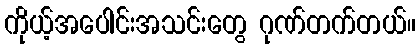
ကိုယ့်အပေါင်းအသင်းတွေ ဂုဏ်တက်တယ်။